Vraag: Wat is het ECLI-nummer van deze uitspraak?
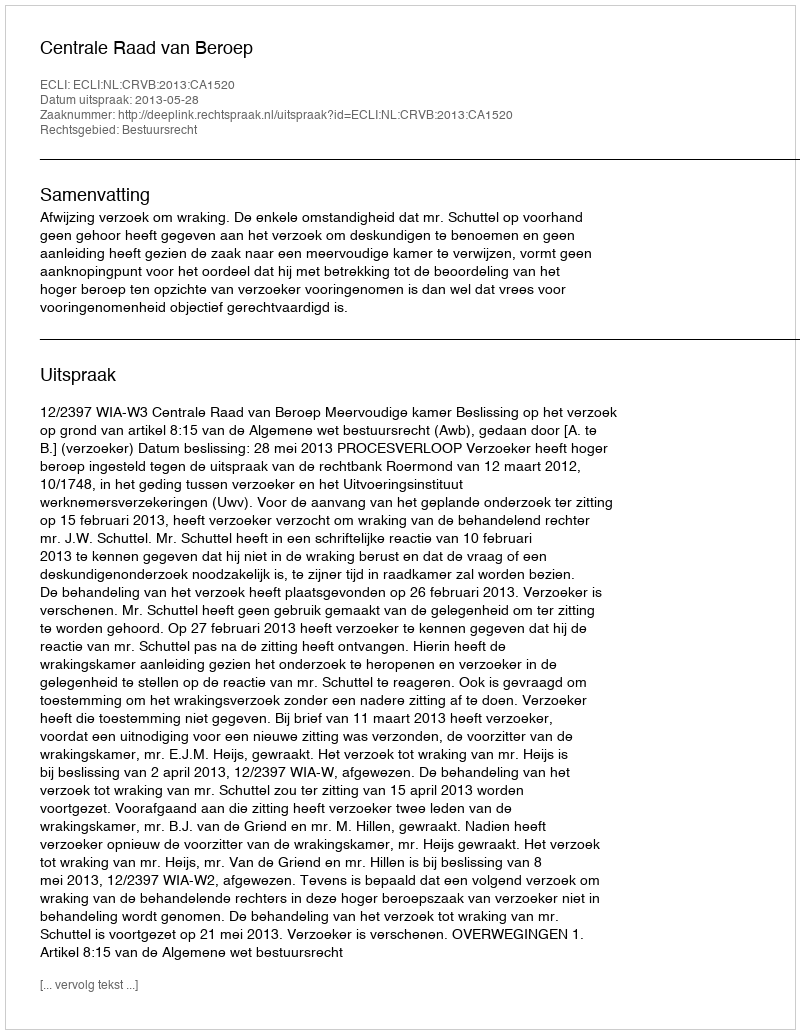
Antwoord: ECLI:NL:CRVB:2013:CA1520